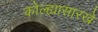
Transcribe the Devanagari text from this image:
कोल्ह्यासारखे